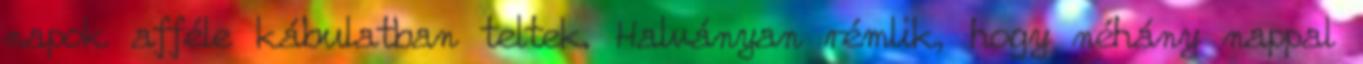
napok afféle kábulatban teltek. Halványan rémlik, hogy néhány nappal